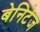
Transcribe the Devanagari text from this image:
बेनिटेज